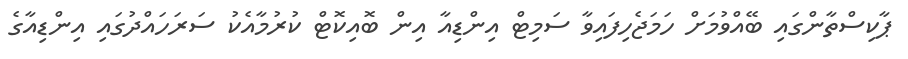
ޕާކިސްތާންގައި ބޭއްވުމަށް ހަމަޖެހިފައިވާ ސަމިޓް އިންޑިއާ އިން ބޮއިކޮޓް ކުރުމާއެކު ސަރަހައްދުގައި އިންޑިއާގެ